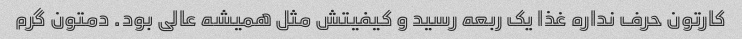
کارتون حرف نداره غذا یک ربعه رسید و کیفیتش مثل همیشه عالی بود. دمتون گرم